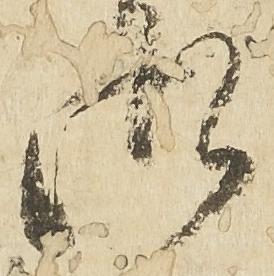
御